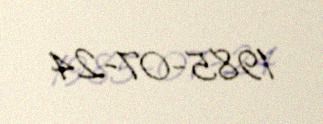
1985-07-24